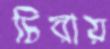
চিরায়